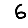
Digit: 6